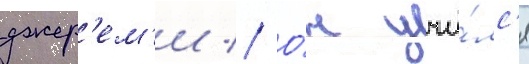
джер'ем'и // О́н учи́лс'я